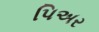
પિઅર